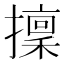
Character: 𢶸